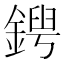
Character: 𨩤